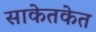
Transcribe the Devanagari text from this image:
साकेतकेत